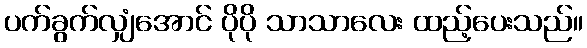
ပက်ခွက်လျှံအောင် ပိုပို သာသာလေး ထည့်ပေးသည်။